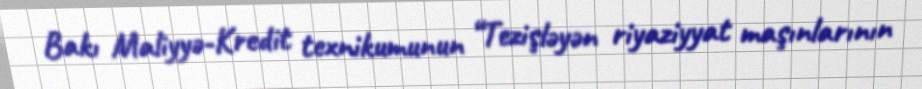
Bakı Maliyyə-Kredit texnikumunun “Tezişləyən riyaziyyat maşınlarının